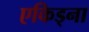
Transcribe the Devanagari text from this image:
एकिड्ना